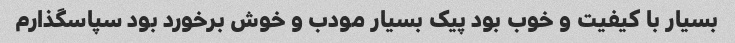
بسیار با کیفیت و خوب بود پیک بسیار مودب و خوش برخورد بود سپاسگذارم